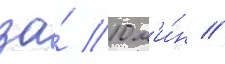
за́ 10 м'и́н //